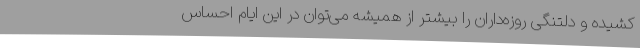
کشیده و دلتنگی روزه‌داران را بیشتر از همیشه می‌توان در این ایام احساس